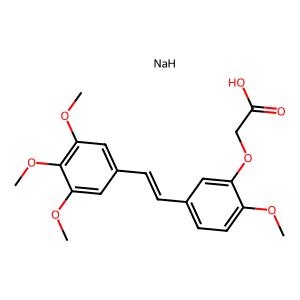
SMILES: COc1ccc(C=Cc2cc(OC)c(OC)c(OC)c2)cc1OCC(=O)O.[NaH]
Inhibits HIV replication: No